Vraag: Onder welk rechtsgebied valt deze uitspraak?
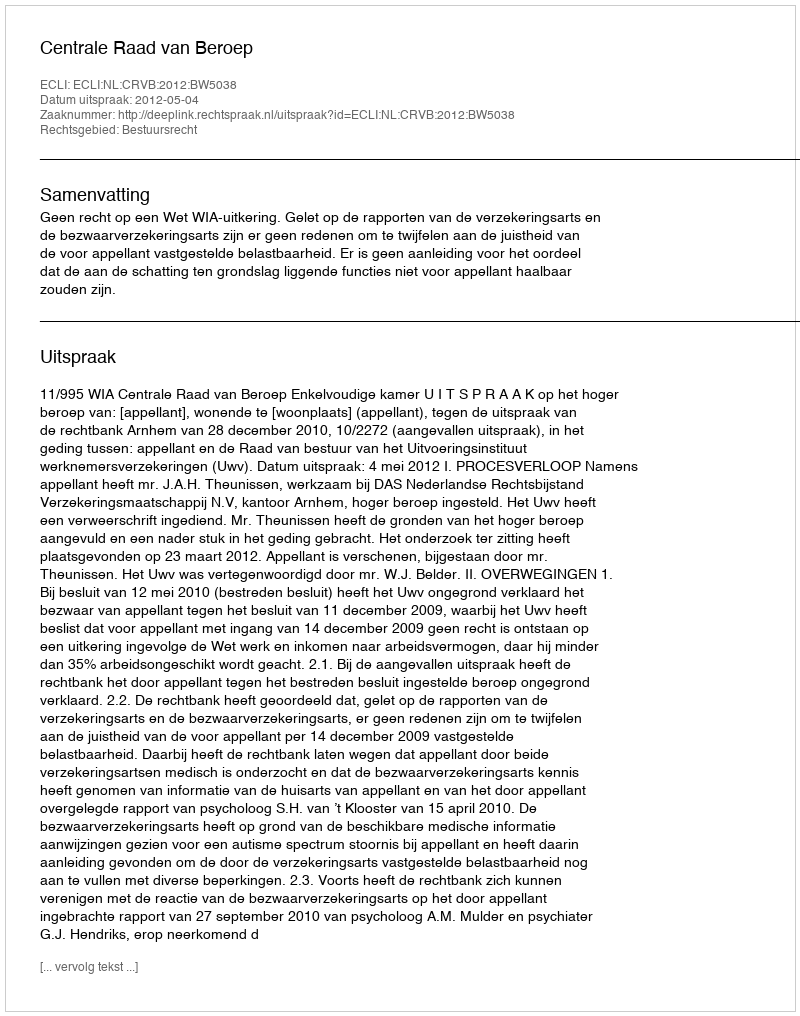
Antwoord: Bestuursrecht